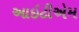
આઇટીએમ